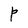
Character: P